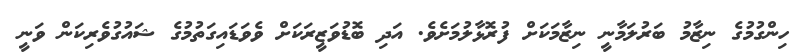
ހިންގުމުގެ ނިޒާމު ބަރުލަމާނީ ނިޒާމަކަށް ފުރޮޅާލުމަށެވެ. އަދި ބޮޑުވަޒީރަކަށް ވެވަޑައިގަތުމުގެ ޝައުގުވެރިކަން ވަނީ